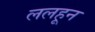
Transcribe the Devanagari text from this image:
ललहून